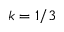
k = 1 / 3